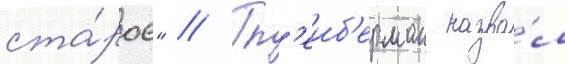
ста́рое" // Гл'еиб'ерман назва́л